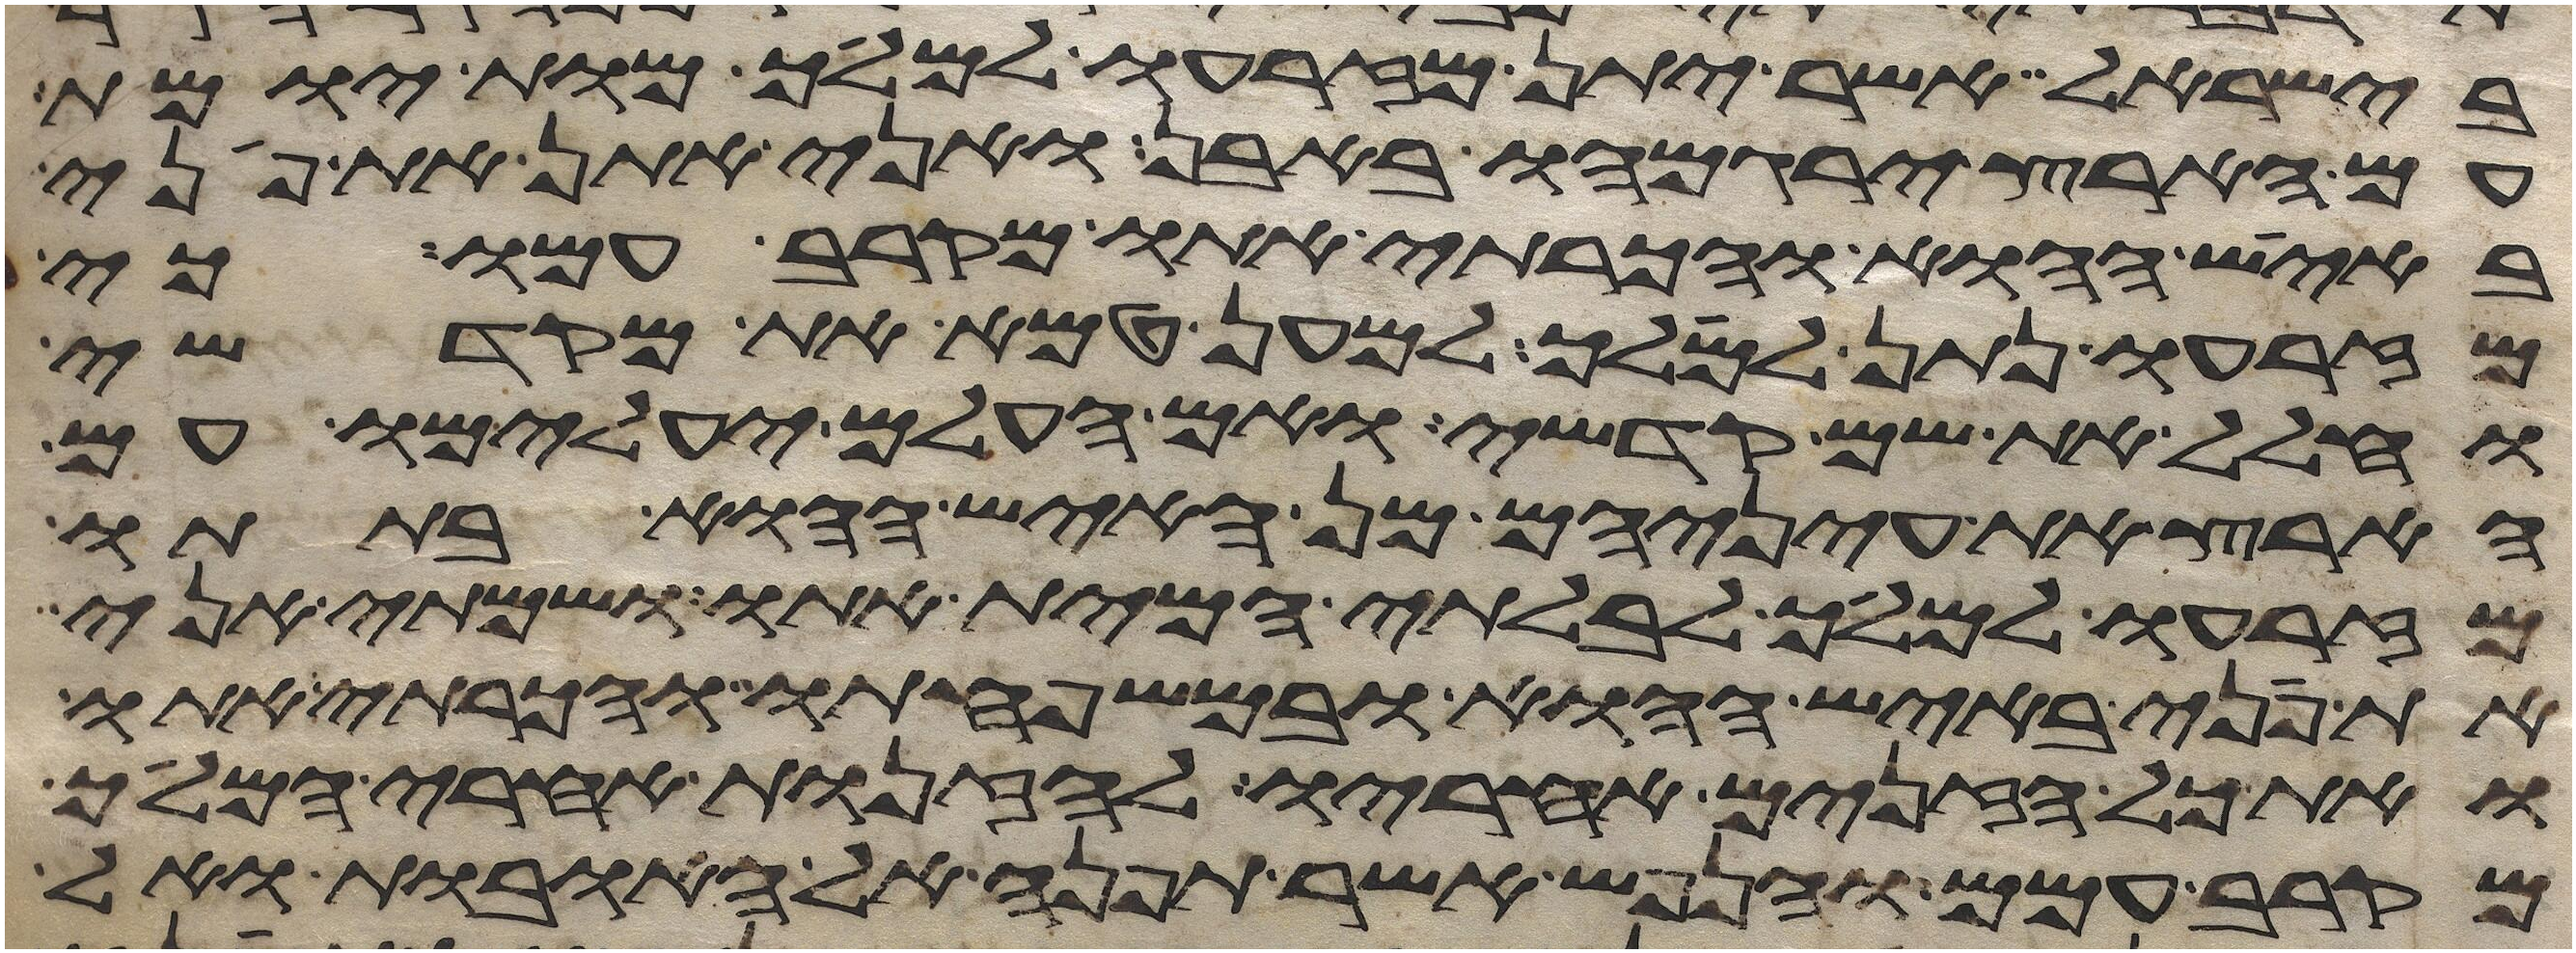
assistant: בישראל אשר יתן מזרעו למלך מות יומת
עם הארץ ירגמהו באבן ואני אתן את פני
באיש ההוא והכרתי אתו מקרב עמו כי
מזרעו נתן למלך למען טמא את מקדשי
וחלל את שם קדשי ואם העלם יעלמו עם
הארץ את עיניהם מן האיש ההוא בתתו
מזרעו למלך לבלתי המית אתו ושמתי אני
את פני באיש ההוא ובמשפחתו והכרתי אתו
ואת כל הזנים אחריו לזנות אחרי המלך
מקרב עמם והנפש אשר תפנה אל האובות ואל